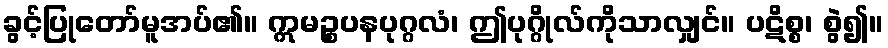
ခွင့်ပြုတော်မူအပ်၏။ ဣမဉ္စပနပုဂ္ဂလံ၊ ဤပုဂ္ဂိုလ်ကိုသာလျှင်။ ပဋိစ္စ၊ စွဲ၍။